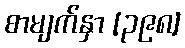
စာမျက်နှာ [၃၉၈]